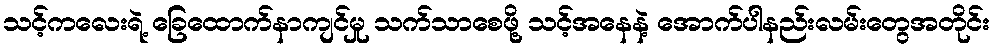
သင့်ကလေးရဲ့ ခြေထောက်နာကျင်မှု သက်သာစေဖို့ သင့်အနေနဲ့ အောက်ပါနည်းလမ်းတွေအတိုင်း